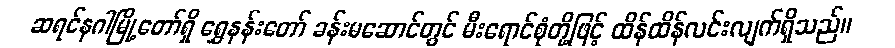
ဆရင်နဂါမြို့တော်ရှိ ရွှေနန်းတော် ခန်းမဆောင်တွင် မီးရောင်စုံတို့ဖြင့် ထိန်ထိန်လင်းလျက်ရှိသည်။